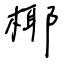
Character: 椰